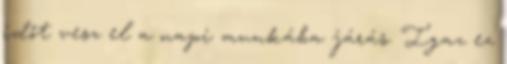
időt vesz el a napi munkába járás. Igaz ez